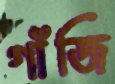
গাঁজি